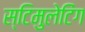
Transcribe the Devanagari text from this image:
स्टिमुलेटिंग